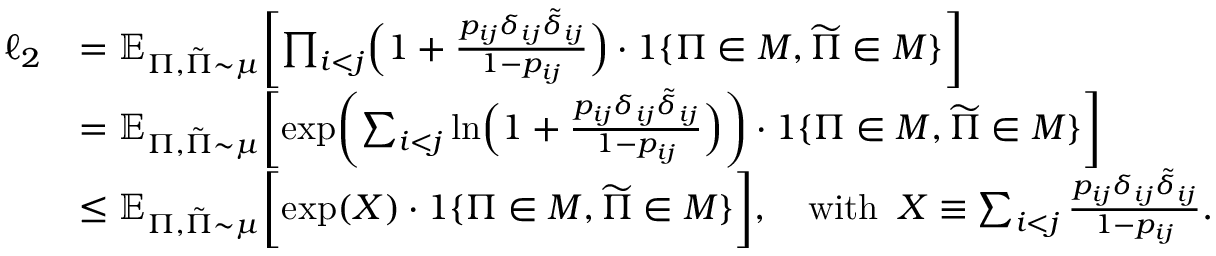
\begin{array} { r l } { \ell _ { 2 } } & { = \mathbb { E } _ { \Pi , \tilde { \Pi } \sim \mu } \biggl [ \prod _ { i < j } \Bigl ( 1 + \frac { p _ { i j } \delta _ { i j } \tilde { \delta } _ { i j } } { 1 - p _ { i j } } \Bigr ) \cdot 1 \{ \Pi \in { \cal M } , \widetilde { \Pi } \in { \cal M } \} \biggr ] } \\ & { = \mathbb { E } _ { \Pi , \tilde { \Pi } \sim \mu } \biggl [ \exp \biggl ( \sum _ { i < j } \ln \Bigl ( 1 + \frac { p _ { i j } \delta _ { i j } \tilde { \delta } _ { i j } } { 1 - p _ { i j } } \Bigr ) \biggr ) \cdot 1 \{ \Pi \in { \cal M } , \widetilde { \Pi } \in { \cal M } \} \biggr ] } \\ & { \leq \mathbb { E } _ { \Pi , \tilde { \Pi } \sim \mu } \biggl [ \exp ( X ) \cdot 1 \{ \Pi \in { \cal M } , \widetilde { \Pi } \in { \cal M } \} \biggr ] , \quad \mathrm { w i t h } \; \; X \equiv \sum _ { i < j } \frac { p _ { i j } \delta _ { i j } \tilde { \delta } _ { i j } } { 1 - p _ { i j } } . } \end{array}